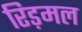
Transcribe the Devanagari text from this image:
रिड़मल